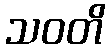
သဝတိ